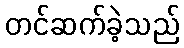
တင်ဆက်ခဲ့သည်